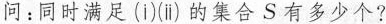
问：同时满足(i)(ⅱ)的集合S有多少个?